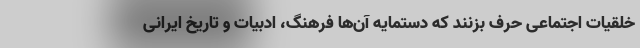
خلقیات اجتماعی حرف بزنند که دستمایه آن‌ها فرهنگ، ادبیات و تاریخ ایرانی